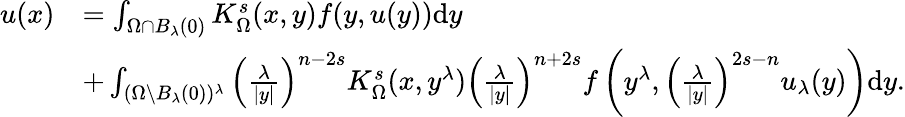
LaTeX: \begin{array}{rl}{u(x)}&{=\int_{\Omega\cap B_{\lambda}(0)}K_{\Omega}^{s}(x,y)f(y,u(y))\mathrm dy}\\ &{+\int_{(\Omega\setminus B_{\lambda}(0))^{\lambda}}\left(\frac{\lambda}{|y|}\right)^{n-2s}K_{\Omega}^{s}(x,y^{\lambda})\left(\frac{\lambda}{|y|}\right)^{n+2s}f\left(y^{\lambda},\left(\frac{\lambda}{|y|}\right)^{2s-n}u_{\lambda}(y)\right)\mathrm dy.}\end{array}